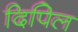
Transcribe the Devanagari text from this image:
दिपिल